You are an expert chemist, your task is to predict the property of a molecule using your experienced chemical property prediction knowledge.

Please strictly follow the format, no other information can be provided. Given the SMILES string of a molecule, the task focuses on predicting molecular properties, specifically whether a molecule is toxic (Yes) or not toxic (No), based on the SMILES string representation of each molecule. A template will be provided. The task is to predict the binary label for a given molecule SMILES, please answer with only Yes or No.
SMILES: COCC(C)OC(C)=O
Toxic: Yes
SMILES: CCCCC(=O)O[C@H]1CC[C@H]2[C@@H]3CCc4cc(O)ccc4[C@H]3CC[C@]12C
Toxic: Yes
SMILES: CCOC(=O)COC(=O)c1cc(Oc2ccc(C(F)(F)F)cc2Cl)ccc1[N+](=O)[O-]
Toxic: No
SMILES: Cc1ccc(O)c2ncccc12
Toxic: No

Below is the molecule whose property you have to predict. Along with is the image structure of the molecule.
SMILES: O=C(O)Cc1cccc(-c2cc(CCCCCCc3ccc(O[C@H]4O[C@H](CO)[C@@H](O)[C@H](O)[C@@H]4O)c(-c4cccc(CC(=O)O)c4)c3)ccc2O[C@H]2O[C@H](CO)[C@@H](O)[C@H](O)[C@@H]2O)c1
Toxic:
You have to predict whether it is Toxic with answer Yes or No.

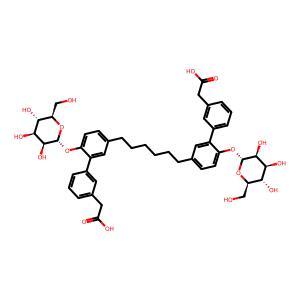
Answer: No